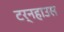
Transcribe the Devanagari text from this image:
टर्नहाउस